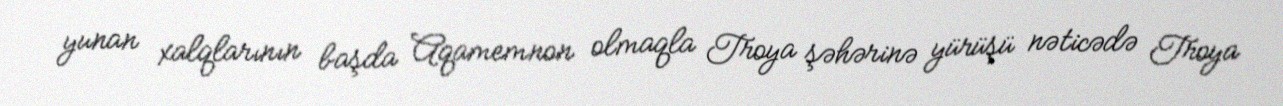
yunan xalqlarının başda Aqamemnon olmaqla Troya şəhərinə yürüşü nəticədə Troya